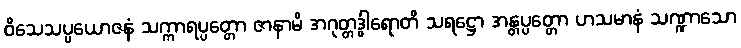
ဝိသေသပ္ပယောဇနံ သက္ကာရပ္ပတ္တော ဇာနာမိ အဂုတ္တဒွါရောတိ သရဋ္ဌော အန္တပ္ပတ္တော ဟသမာနံ သဏ္ဍာသော